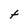
Character: t